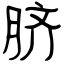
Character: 脐